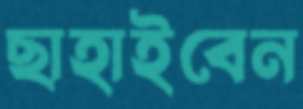
ছাহাইবেন